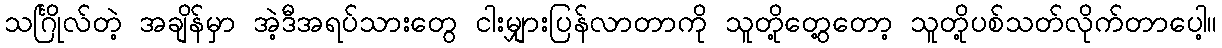
သင်္ဂြိုလ်တဲ့ အချိန်မှာ အဲ့ဒီအရပ်သားတွေ ငါးမျှားပြန်လာတာကို သူတို့တွေ့တော့ သူတို့ပစ်သတ်လိုက်တာပေါ့။